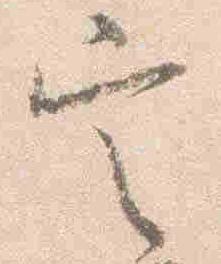
定